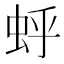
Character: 𫊯